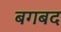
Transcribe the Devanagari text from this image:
बगबद